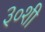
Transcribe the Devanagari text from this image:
३०शी